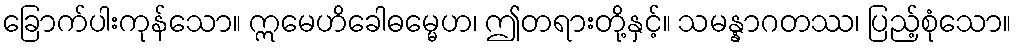
ခြောက်ပါးကုန်သော။ ဣမေဟိခေါဓမ္မေဟ၊ ဤတရားတို့နှင့်။ သမန္နာဂတဿ၊ ပြည့်စုံသော။